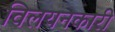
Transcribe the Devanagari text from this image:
विलयनकारी